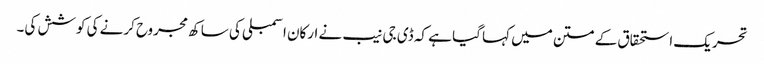
تحریک استحقاق کے متن میں کہا گیا ہے کہ ڈی جی نیب نے ارکان اسمبلی کی ساکھ مجروح کرنے کی کوشش کی۔